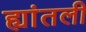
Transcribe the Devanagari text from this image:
ह्यांतली